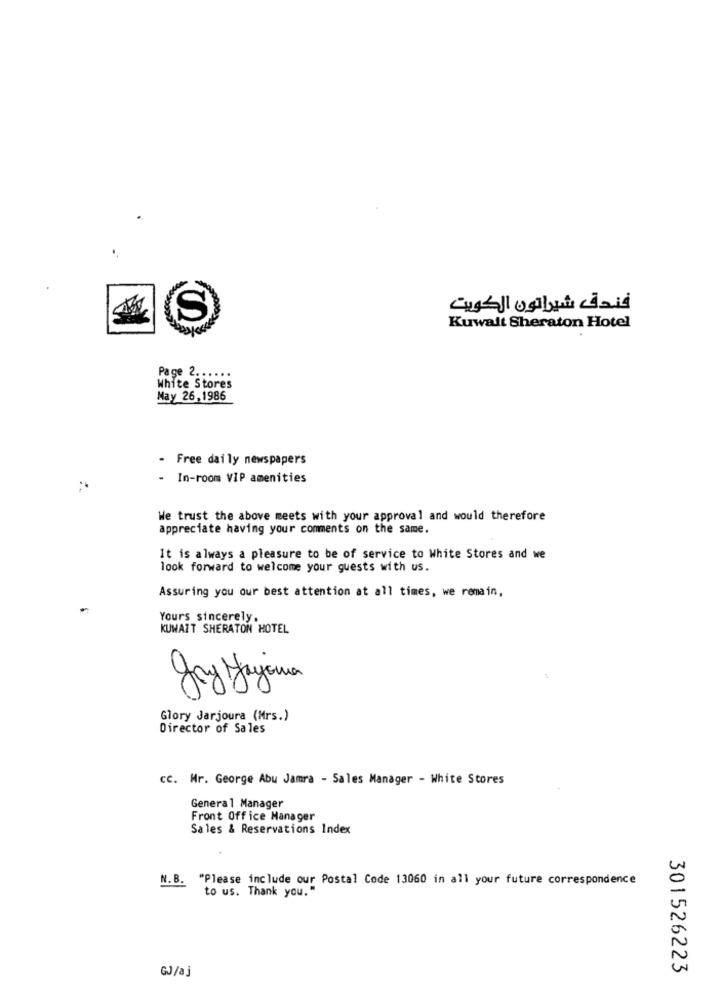
فندق شيراتون الكويت
S
Kuwait Sheraton Hotel
Page 2 ......
White Stores
May 26,1986
- Free daily newspapers
- In-room VIP amenities
We trust the above meets with your approval and would therefore
appreciate having your comments on the same.
It is always a pleasure to be of service to White Stores and we
look forward to welcome your guests with us.
Assuring you our best attention at all times, we remain,
Yours sincerely.
KUWAIT SHERATON HOTEL
gry Sajama
Glory Jarjoura (Mrs.)
Director of Sales
CC. Mr. George Abu Jamra - Sales Manager - White Stores
General Manager
Front Office Manager
Sales & Reservations Index
N.B. "Please include our Postal Code 13060 in all your future correspondence
to us. Thank you."
GJ/aj
301526223